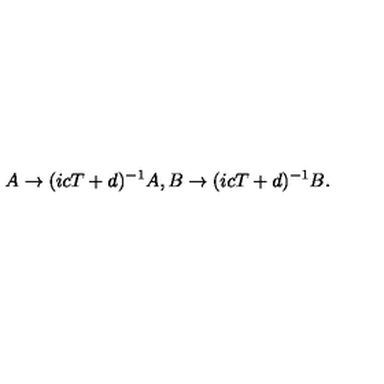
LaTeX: A \rightarrow ( i c T + d ) ^ { - 1 } A , B \rightarrow ( i c T + d ) ^ { - 1 } B .